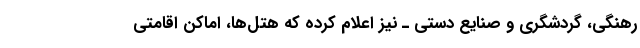
رهنگی، گردشگری و صنایع دستی ـ نیز اعلام کرده که هتل‌ها، اماکن اقامتی